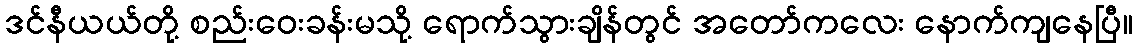
ဒင်နီယယ်တို့ စည်းဝေးခန်းမသို့ ရောက်သွားချိန်တွင် အတော်ကလေး နောက်ကျနေပြီ။